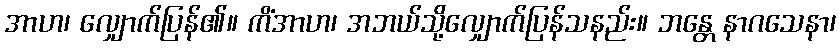
အာဟ၊ လျှောက်ပြန်၏။ ကိံအာဟ၊ အဘယ်သို့လျှောက်ပြန်သနည်း။ ဘန္တေ နာဂသေနာ၊